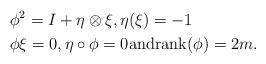
LaTeX: \begin{align*}&\phi ^{2} =I+\eta \otimes \xi ,\eta (\xi )=-1\\&\phi\xi = 0, \eta\circ\phi = 0 {\rm and rank}(\phi)=2m.\end{align*}